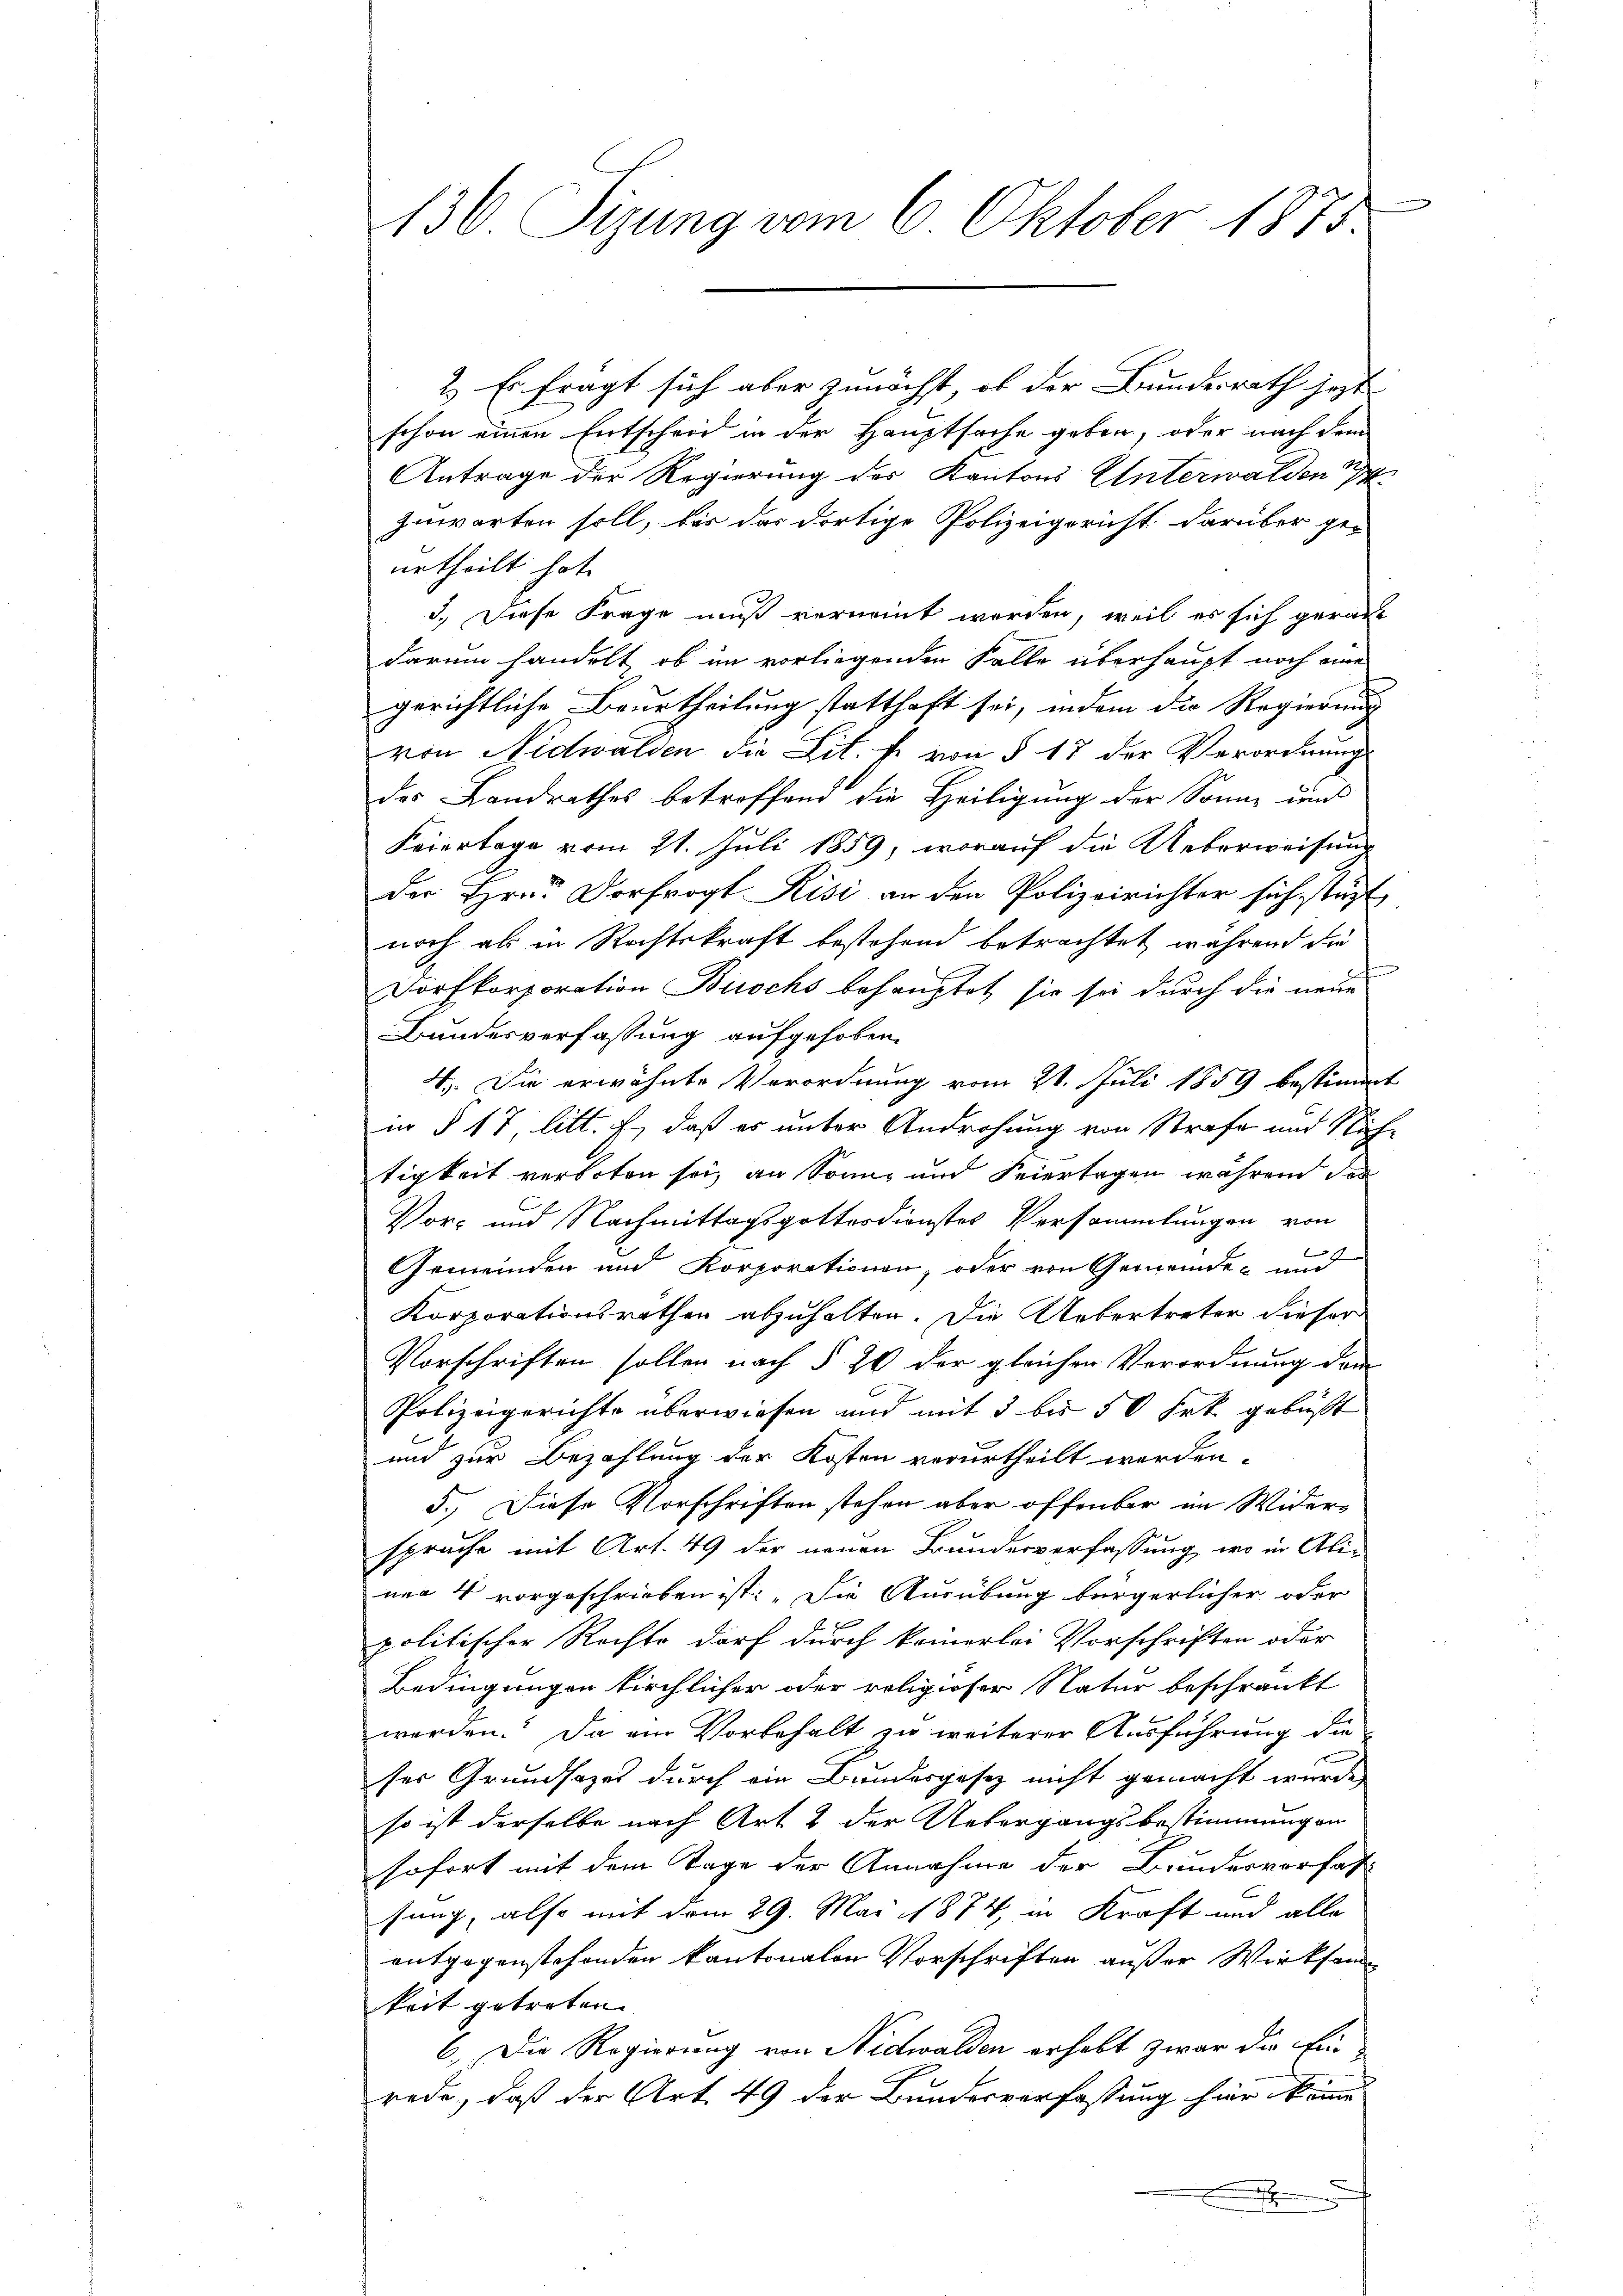
130. Sizung vom 6. Oktober 1875.

2.) Es fragt sich aber zunächst, ob der Bundesrath jetzt
schon einen Entscheid in der Hauptsache geben, oder nach dem
Antrage der Regierung des Kantons Unterwalden
zuwarten soll, bis das dortige Polizeigericht darüber ge-
urtheilt hat.
5.) Diese Frage muß vernennt worden, weil es sich gerade
darum handelt, ob im vorliegenden Falle überhaupt noch eine
gerichtliche Beurtheilung statthaft sei, indem die Regierung
von Nidwalden die Lit. k. von § 17 der Verordnung
des Landrathes betroffend die Heiligung der Sonne und
Feiertage vom 21. Juli 1859, worauf die Ueberweisung
der Hrn. Dorfrogt Risi an den Polizeirichter sich stürt
noch als in Rechtskraft bestehend betrachtet, während die
Dorfkorporation Buochs behauptet, sie sei durch die neue
Bundesverfassung aufgehoben.
4. Die erwähnte Verordnung vom 21. Juli 1859 bestimmt
in § 17 litt. f, daß es unter Androhung von Strafe und Nachtigkeit verboten sei, an Sonne und Feiertagen wahrend des
Vor- und Nachmittagsgottesdienstes Versammlungen von
Gemeinden und Korporationen, oder von Gemeinde- und
Korporationsrathen abzuhalten. Die Uebertreter dieser
Vorschriften sollen nach § 20 der gleichen Verordnung dem
Polizeigerichte überwiesen und mit 3 bis 50 Frk. gebüßt
und zur Bezahlung der Kosten verurtheilt werden.
5.) Diese Vorschriften stehen aber öffenbar im Wider-
sprache mit Art. 49 der neuen Bundesverfassung, wo in Alinea 4 vorgeschrieben ist: „Die Ausübung bürgerlicher oder
politischer Rechte darf durch keinerlei Vorschriften oder
Bedingungen kirchlicher oder religioser Natur beschränkt
werden. Da ein Vorbehalt zu weiterer Ausführung die
ser Grundsazel durch ein Bundesgesez nicht gemacht wurde,
so ist derselbe nach Art & der Uebergangsbestimmungen
sofort mit dem Tage der Annahme der Bundesvorfah-
sung, also mit dem 29. Mai 1874, in Kraft und alle
entgegenstehenden kantonalen Vorschriften außer Wirksam
keit getreten |
6. Die Regierung von Nidwalden erhebt zwar die Einrede, daß der Art. 49 der Bundesverfassung hier komme
.